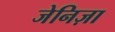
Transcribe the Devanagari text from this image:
जेनिज़ा